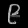
Digit: ၉